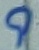
Text: 9